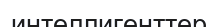
интеллигенттер